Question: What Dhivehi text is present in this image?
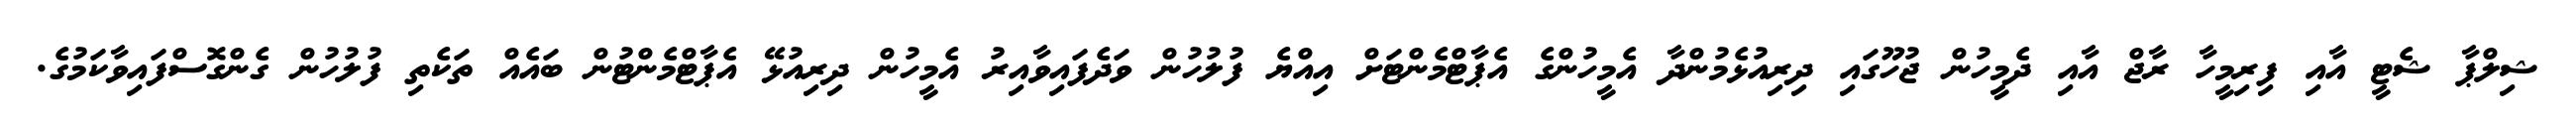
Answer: ޝިލްޕާ ޝެޓީ އާއި ފިރިމީހާ ރާޖް އާއި ދެމީހުން ޖުހޫގައި ދިރިއުޅެމުންދާ އެމީހުންގެ އެޕާޓްމެންޓަށް އިއްޔެ ފުލުހުން ވަދެފައިވާއިރު އެމީހުން ދިރިއުޅޭ އެޕާޓްމެންޓުން ބައެއް ތަކެތި ފުލުހުން ގެންގޮސްފައިވާކަމުގެ.